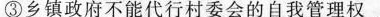
③乡镇政府不能代行村委会的自我管理权